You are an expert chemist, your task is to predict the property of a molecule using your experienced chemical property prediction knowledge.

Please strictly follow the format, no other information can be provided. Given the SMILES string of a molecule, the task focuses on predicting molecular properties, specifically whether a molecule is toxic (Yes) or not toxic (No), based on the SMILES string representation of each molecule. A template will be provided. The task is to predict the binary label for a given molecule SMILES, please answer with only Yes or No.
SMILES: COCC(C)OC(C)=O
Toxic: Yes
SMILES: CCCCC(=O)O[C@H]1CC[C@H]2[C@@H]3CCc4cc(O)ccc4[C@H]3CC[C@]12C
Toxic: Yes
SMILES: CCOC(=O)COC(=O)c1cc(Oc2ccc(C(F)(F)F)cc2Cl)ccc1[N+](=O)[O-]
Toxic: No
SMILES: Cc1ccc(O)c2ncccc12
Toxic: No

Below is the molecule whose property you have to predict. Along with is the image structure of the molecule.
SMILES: CC(=O)Nc1ccc(C(=O)CCl)cc1
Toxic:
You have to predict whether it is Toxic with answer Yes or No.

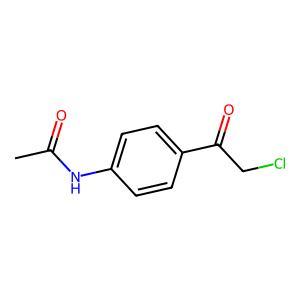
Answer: No